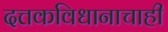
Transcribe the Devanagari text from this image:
दत्तकविधानाचाही